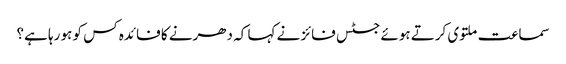
سماعت ملتوی کرتے ہوئے جسٹس فائز نے کہا کہ دھرنے کا فائدہ کس کو ہو رہا ہے؟